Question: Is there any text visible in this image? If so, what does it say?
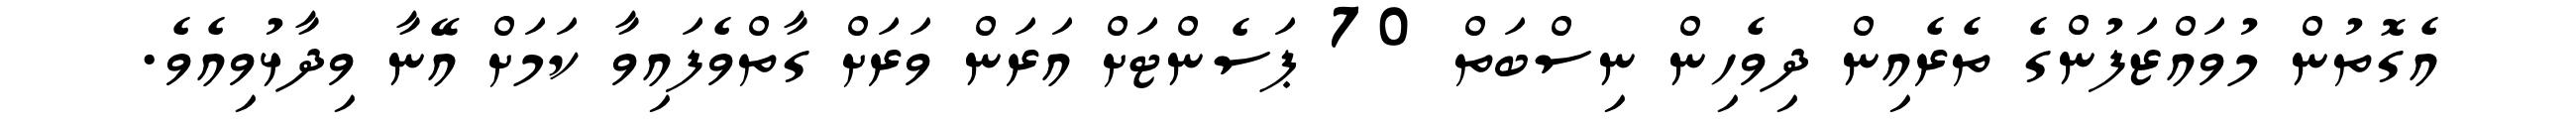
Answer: އެގޮތުން މުވައްޒަފުންގެ ތެރެއިން ދިވެހިން ނިސްބަތް 70 ޕަސެންޓަށް އަރަން ވަރަށް ގާތްވެފައިވާ ކަމަށް އޭނާ ވިދާޅުވިއެވެ.